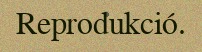
Reprodukció.